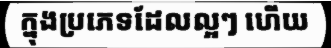
ក្នុងប្រភេទដែលល្អៗ ហើយ